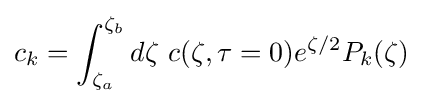
c_{k}=\int _{\zeta _{a}}^{\zeta _{b}}d\zeta \ c(\zeta ,\tau =0)e^{\zeta /2}P_{k}(\zeta )